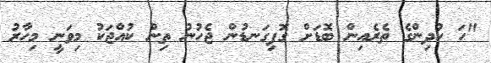
"ހަ ކުދިންގެ ތެރެއިން ބޮޑަށް ގޮފިގަނޑުން ޖެހުނު ތިން ކުއްޖަކު މިވަނީ މިހާރު